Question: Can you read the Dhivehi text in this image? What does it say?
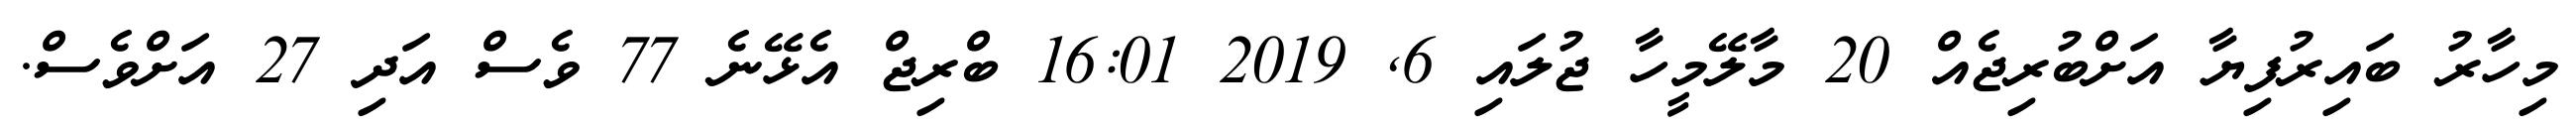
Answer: މިހާރު ބައިރުފިޔާ އަށްބުރިޖެއް 20 މާލޭމީހާ ޖުލައި 6, 2019 16:01 ބްރިޖް އެޅޭނެ 77 ވެސް އަދި 27 އަށްވެސް.